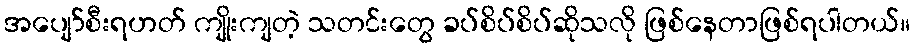
အပျော်စီးရဟတ် ကျိုးကျတဲ့ သတင်းတွေ ခပ်စိပ်စိပ်ဆိုသလို ဖြစ်နေတာဖြစ်ရပါတယ်။